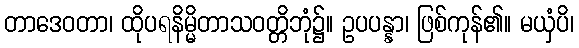
တာဒေဝတာ၊ ထိုပရနိမ္မိတာသဝတ္တိဘုံ၌။ ဥပပန္နာ၊ ဖြစ်ကုန်၏။ မယှံပိ၊